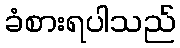
ခံစားရပါသည်